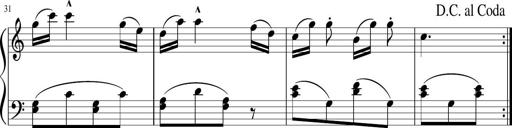
Title: 3 Sonatinen
Composer: Heinrich Lichner